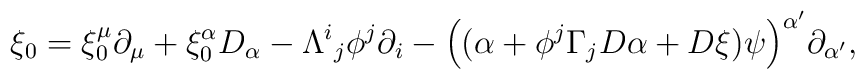
\xi_0=\xi_0^{\mu}\partial_\mu+\xi_0^{\alpha}D_\alpha-\Lambda^{i}{}_{j}\phi^{j}\partial_i-\Big((\alpha+\phi^{j}\Gamma_jD\alpha+D\xi)\psi\Big)^{\alpha'}\partial_{\alpha'},